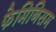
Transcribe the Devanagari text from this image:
फेमिनिसम